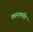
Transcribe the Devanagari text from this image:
करुनामयि